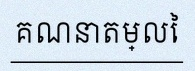
គណនាតម្លៃ